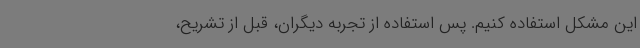
این مشکل استفاده کنیم. پس استفاده از تجربه دیگران، قبل از تشریح،